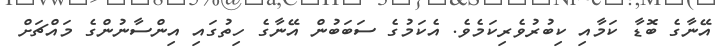
އޭނާގެ ބޮޑާ ކަމާއި ކިބުރުވެރިކަމެވެ. އެކަމުގެ ސަބަބުން އޭނާގެ ހިތުގައި އިންސާނުންގެ މައްޗަށް